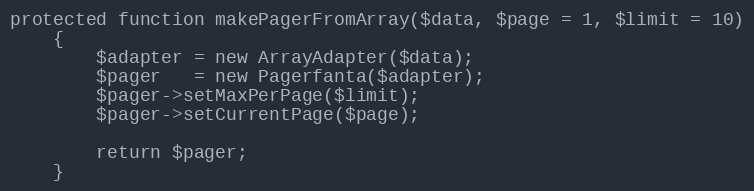
Language: PHP
protected function makePagerFromArray($data, $page = 1, $limit = 10)
    {
        $adapter = new ArrayAdapter($data);
        $pager   = new Pagerfanta($adapter);
        $pager->setMaxPerPage($limit);
        $pager->setCurrentPage($page);

        return $pager;
    }